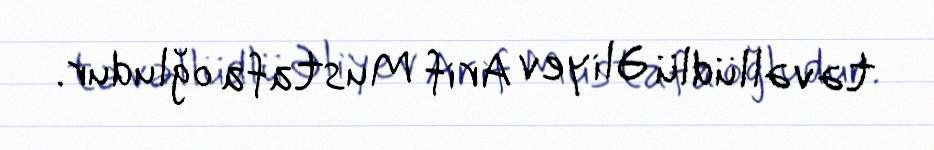
təvəllüdlü Əliyev Arif Mustafa oğludur.